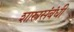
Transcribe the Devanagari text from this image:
शास्त्रसंबंधी